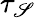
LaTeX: \tau_{\mathscr{S}}